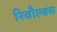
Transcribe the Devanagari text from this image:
रिवौल्क्स